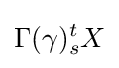
\Gamma (\gamma )_{s}^{t}X